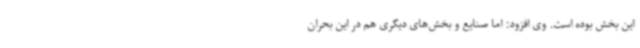
این بخش بوده است. وی افزود: اما صنایع و بخش‌های دیگری هم در این بحران